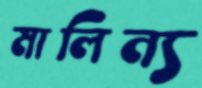
মালিন্য